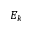
E _ { k }